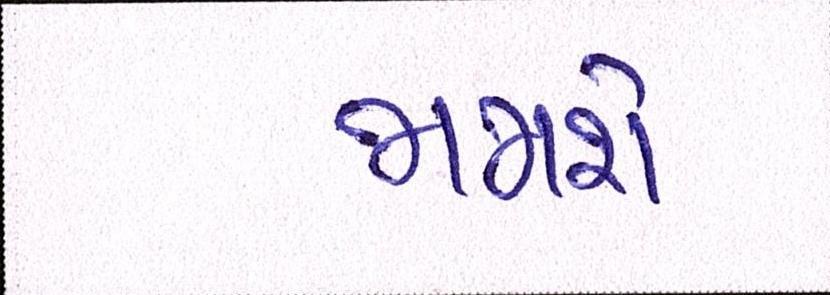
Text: જામશે